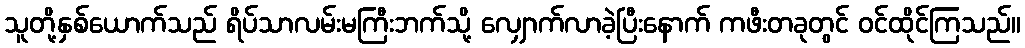
သူတို့နှစ်ယောက်သည် ရိပ်သာလမ်းမကြီးဘက်သို့ လျှောက်လာခဲ့ပြီးနောက် ကဖီးတခုတွင် ဝင်ထိုင်ကြသည်။